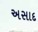
અસાદ